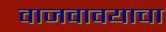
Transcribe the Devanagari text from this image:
वाजवावयाचा